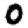
Digit: 0